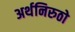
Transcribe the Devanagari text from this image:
अर्थनिरुठो